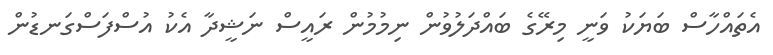
އެތައްހާސް ބަޔަކު ވަނީ މިރޭގެ ބައްދަލުވުން ނިމުމުން ރައީސް ނަޝީދާ އެކު އުސްފަސްގަނޑުން